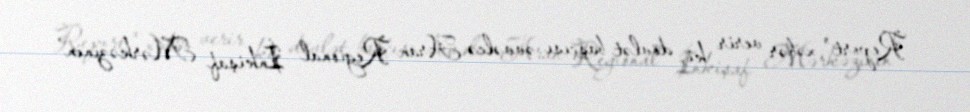
Report" xəbər verir ki, dövlət başçısı əvvəlcə Aran Regional İnkişaf Mərkəzinin